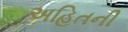
અહિતની